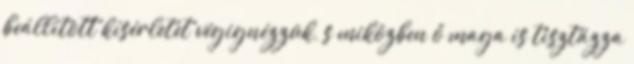
beállított kísérletet végignézzük, s miközben ő maga is tisztázza